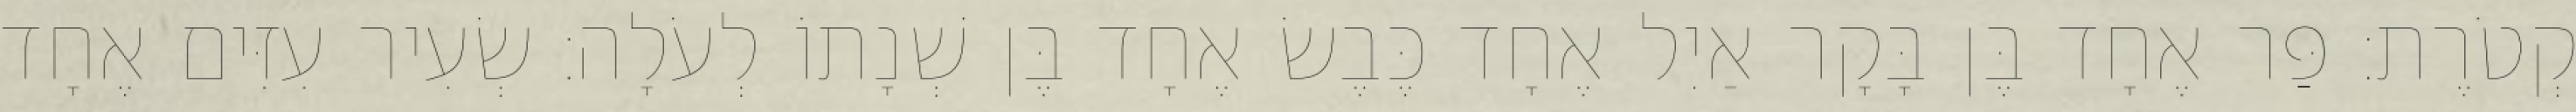
קְטֹרֶת׃ פַּר אֶחָד בֶּן בָּקָר אַיִל אֶחָד כֶּבֶשׂ אֶחָד בֶּן שְׁנָתוֹ לְעֹלָה׃ שְׂעִיר עִזִּים אֶחָד